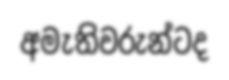
අමැතිවරුන්ටද